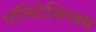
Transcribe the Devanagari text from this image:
पॉलिटेक्निक्स